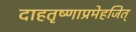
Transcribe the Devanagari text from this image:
दाहतृष्णाप्रमेहजित्‌